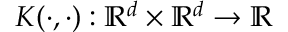
K ( \cdot , \cdot ) : \mathbb { R } ^ { d } \times \mathbb { R } ^ { d } \rightarrow \mathbb { R }